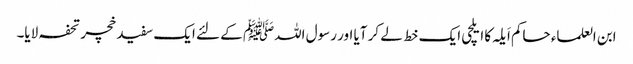
ابن العلماء حاکم اَیلہ کا ایلچی ایک خط لے کر آیا اور رسول اللہﷺ کے لئے ایک سفید خچر تحفہ لایا۔